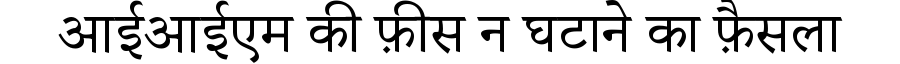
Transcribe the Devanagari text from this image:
आईआईएम की फ़ीस न घटाने का फ़ैसला